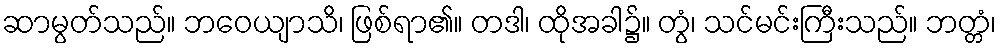
ဆာမွတ်သည်။ ဘဝေယျာသိ၊ ဖြစ်ရာ၏။ တဒါ၊ ထိုအခါ၌။ တွံ၊ သင်မင်းကြီးသည်။ ဘတ္တံ၊